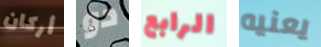
أركان دو الرابع يعنيه